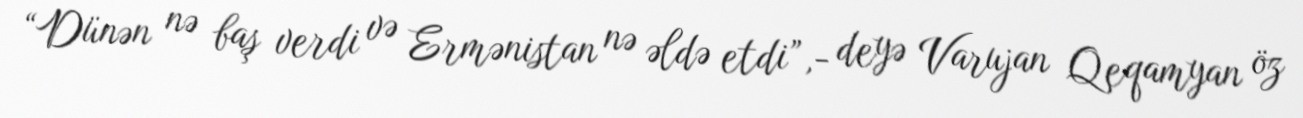
“Dünən nə baş verdi və Ermənistan nə əldə etdi”,- deyə Varujan Qeqamyan öz